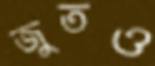
জুতও